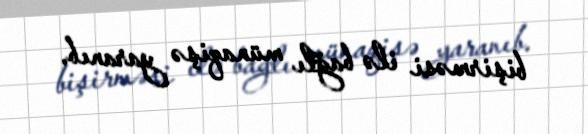
bişirməsi ilə bağlı münaqişə yaranıb.